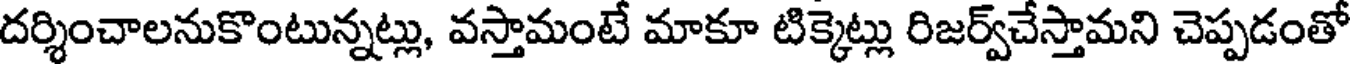
దర్శించాలనుకొంటున్నట్లు, వస్తామంటే మాకూ టిక్కెట్లు రిజర్వ్చేస్తామని చెప్పడంతో